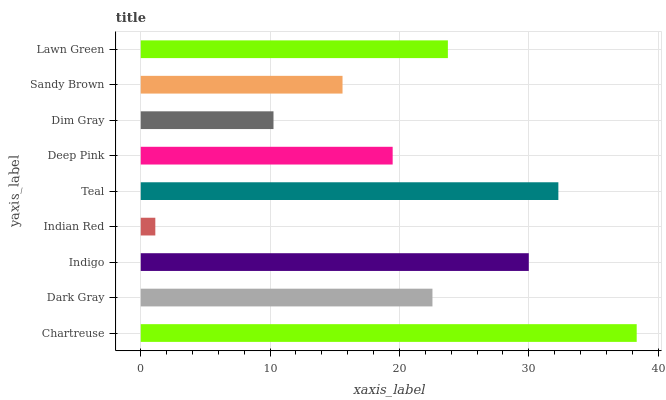
| yaxis_label | bars |
 | --- | --- |
 | Chartreuse | 38.3 |
 | Dark Gray | 22.6 |
 | Indigo | 30 |
 | Indian Red | 1.13 |
 | Teal | 32.3 |
 | Deep Pink | 19.5 |
 | Dim Gray | 10.3 |
 | Sandy Brown | 15.6 |
 | Lawn Green | 23.7 |